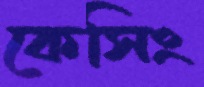
কেসিং